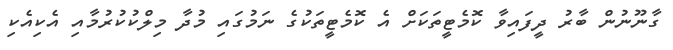
ގާނޫނުން ބާރު ދީފައިވާ ކޮމެޓީތަކަށް އެ ކޮމެޓީތަކުގެ ނަމުގައި މުދާ މިލްކުކުރުމާއި އެކިއެކި